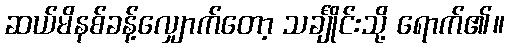
ဆယ်မိနစ်ခန့်လျှောက်တော့ သင်္ချိုင်းသို့ ရောက်၏။